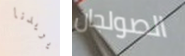
يريدنا الصولجان